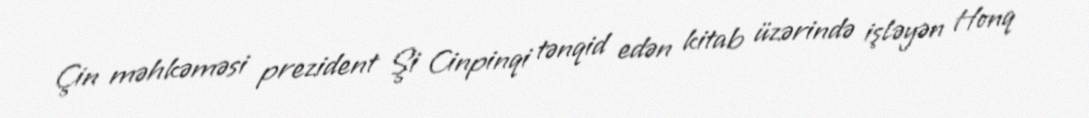
Çin məhkəməsi prezident Şi Cinpinqi tənqid edən kitab üzərində işləyən Honq